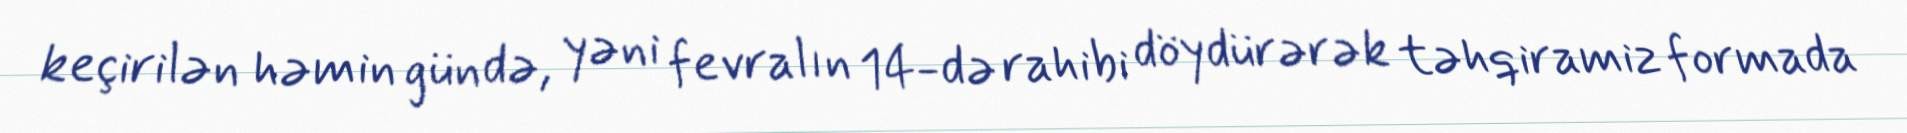
keçirilən həmin gündə, yəni fevralın 14-də rahibi döydürərək təhqiramiz formada